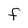
Character: F